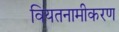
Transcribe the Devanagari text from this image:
वियतनामीकरण